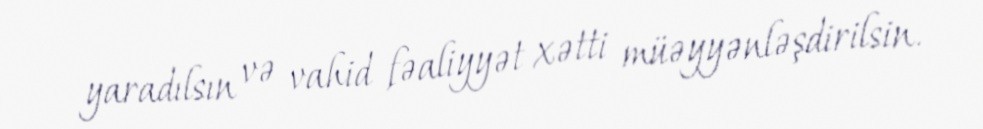
yaradılsın və vahid fəaliyyət xətti müəyyənləşdirilsin.